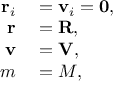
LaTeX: \begin{array} { r l } { \mathbf { r } _ { i } } & { { } = \mathbf { v } _ { i } = \mathbf { 0 } , } \\ { \mathbf { r } } & { { } = \mathbf { R } , } \\ { \mathbf { v } } & { { } = \mathbf { V } , } \\ { m } & { { } = M , } \end{array}